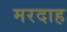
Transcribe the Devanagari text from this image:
मरदाह